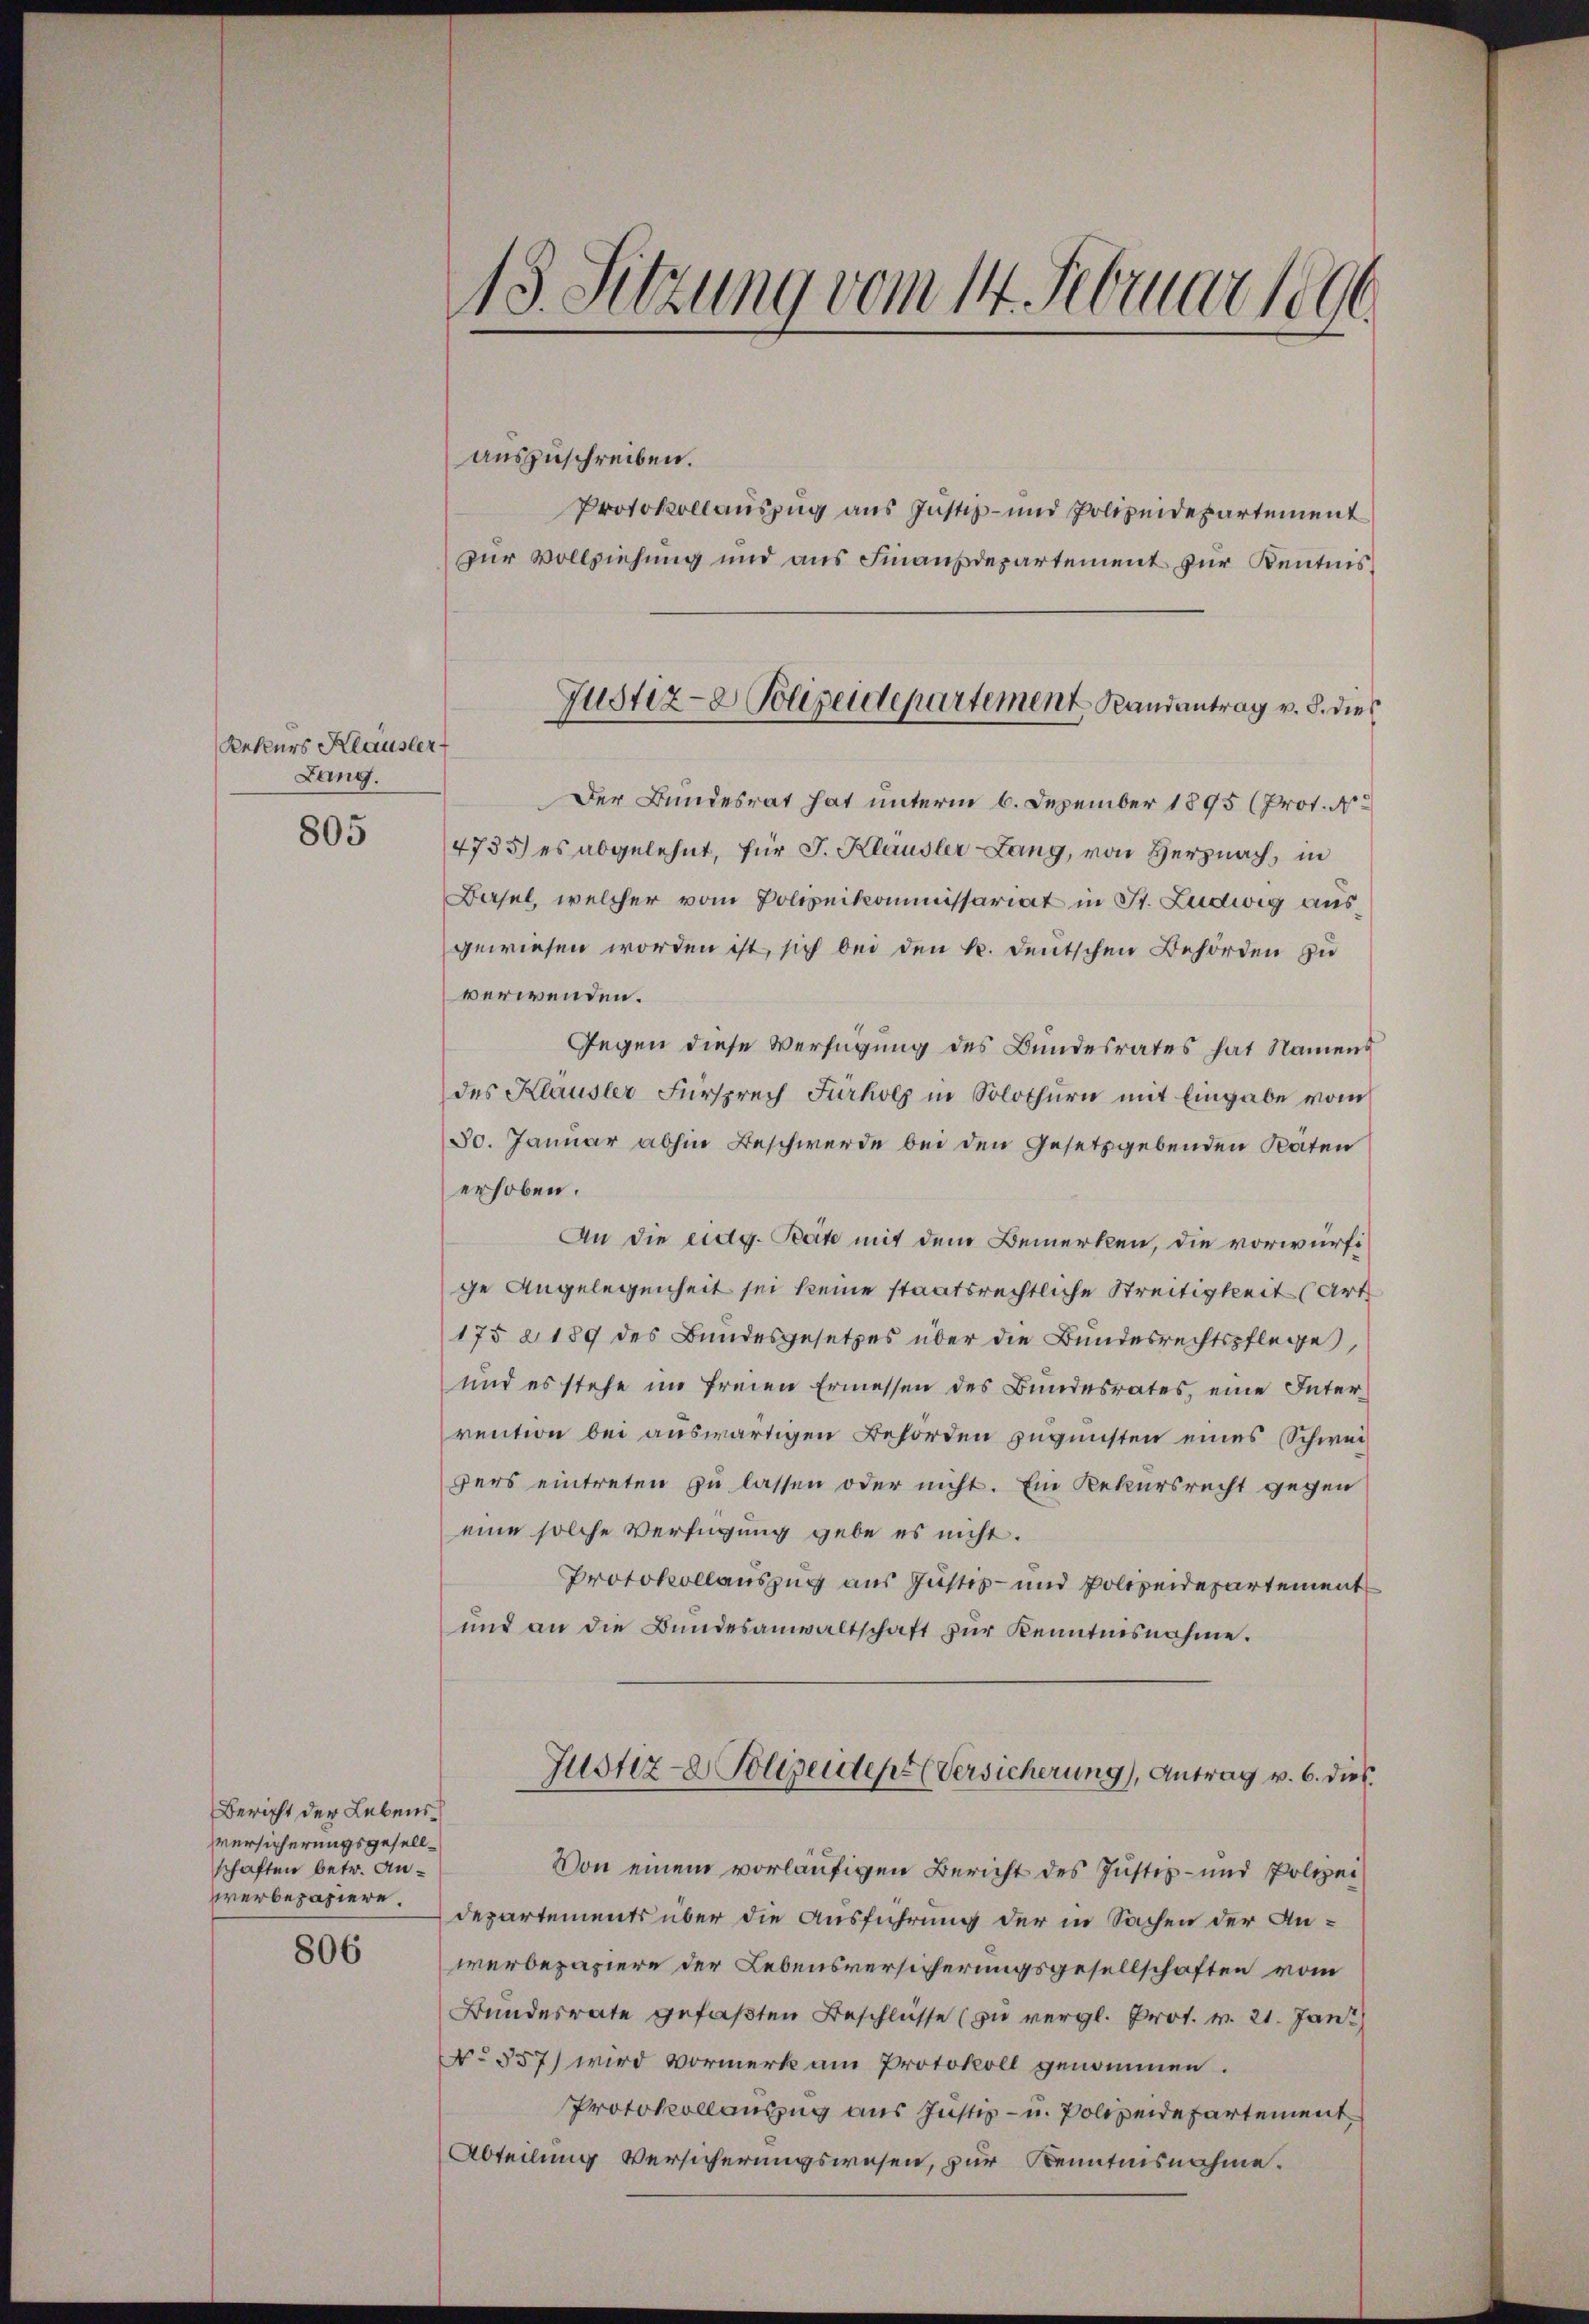
Rekurs Kläusler
Lang.

805

Bericht der Lebens¬
Versicherungsgesellschaften betr. Anperbepapiere.

806

.
13. Setzung vom 14. Februar 1890.

auszuschreiben.

Protokollauszug aus Justiz- und Polizeidepartement
zur Vollziehung und aus Finanzdepartement zur Kenntnis¬
Der Bundesrat hat unterm 6. Dezember 1895 (Prot. N
4735) es abgelehnt, für J. Klausler Lang, von Herznach, in
Basel, welcher vom Polizeikommissariat in St. Ludwig ausgewiesen worden ist, sich bei den k. deutschen Behörden zu
verwenden.
Gegen diese Verfügung des Bundesrates hat Namens
des Klausler Fürsprech Furholz in Solothurn mit Eingabe vom
30. Januar abhin Beschwerde bei den Gesetzgebenden Raten
erhoben.
An die eidg. Beite mit dem Bemerken, die vorwürfige Angelegenheit sei keine staatsrechtliche Streitigkeit (Art
175 § 189 des Bundesgesetzes über die Bundesrechtspflege,
und es stehe im freien Ermessen des Bundesrates, eine Interrention bei auswärtigen Behörden zugunsten eines Schweigers eintreten zu lassen oder nicht. Ein Rekursrecht gegen
eine solche Verfügung gebe es nicht.
Protokollauszug aus Justiz- und Polizeidepartement
und an die Bundesanwaltschaft zur Kenntnisnahme.
Justiz- Polizeidept (Versicherung), Antrag v. 6. dies
Von einem vorläufigen Bericht des Justiz- und Polizei
Departements über die Ausführung der in Sachen der Anwerbepapiere der Lebensversicherungsgesellschaften vom
Bundesrate gefaßten Beschlüsse (zu vergl. Prot. v. 21. Jan.)
No 557) wird vormerk am Protokoll genommen.
Protokollauszug aus Justiz- u. Polizeidepartement
Abteilung Versicherungswesen, zur Kenntnisnahme.

Justiz- & Polizeidepartement Randantrag v. d. dies